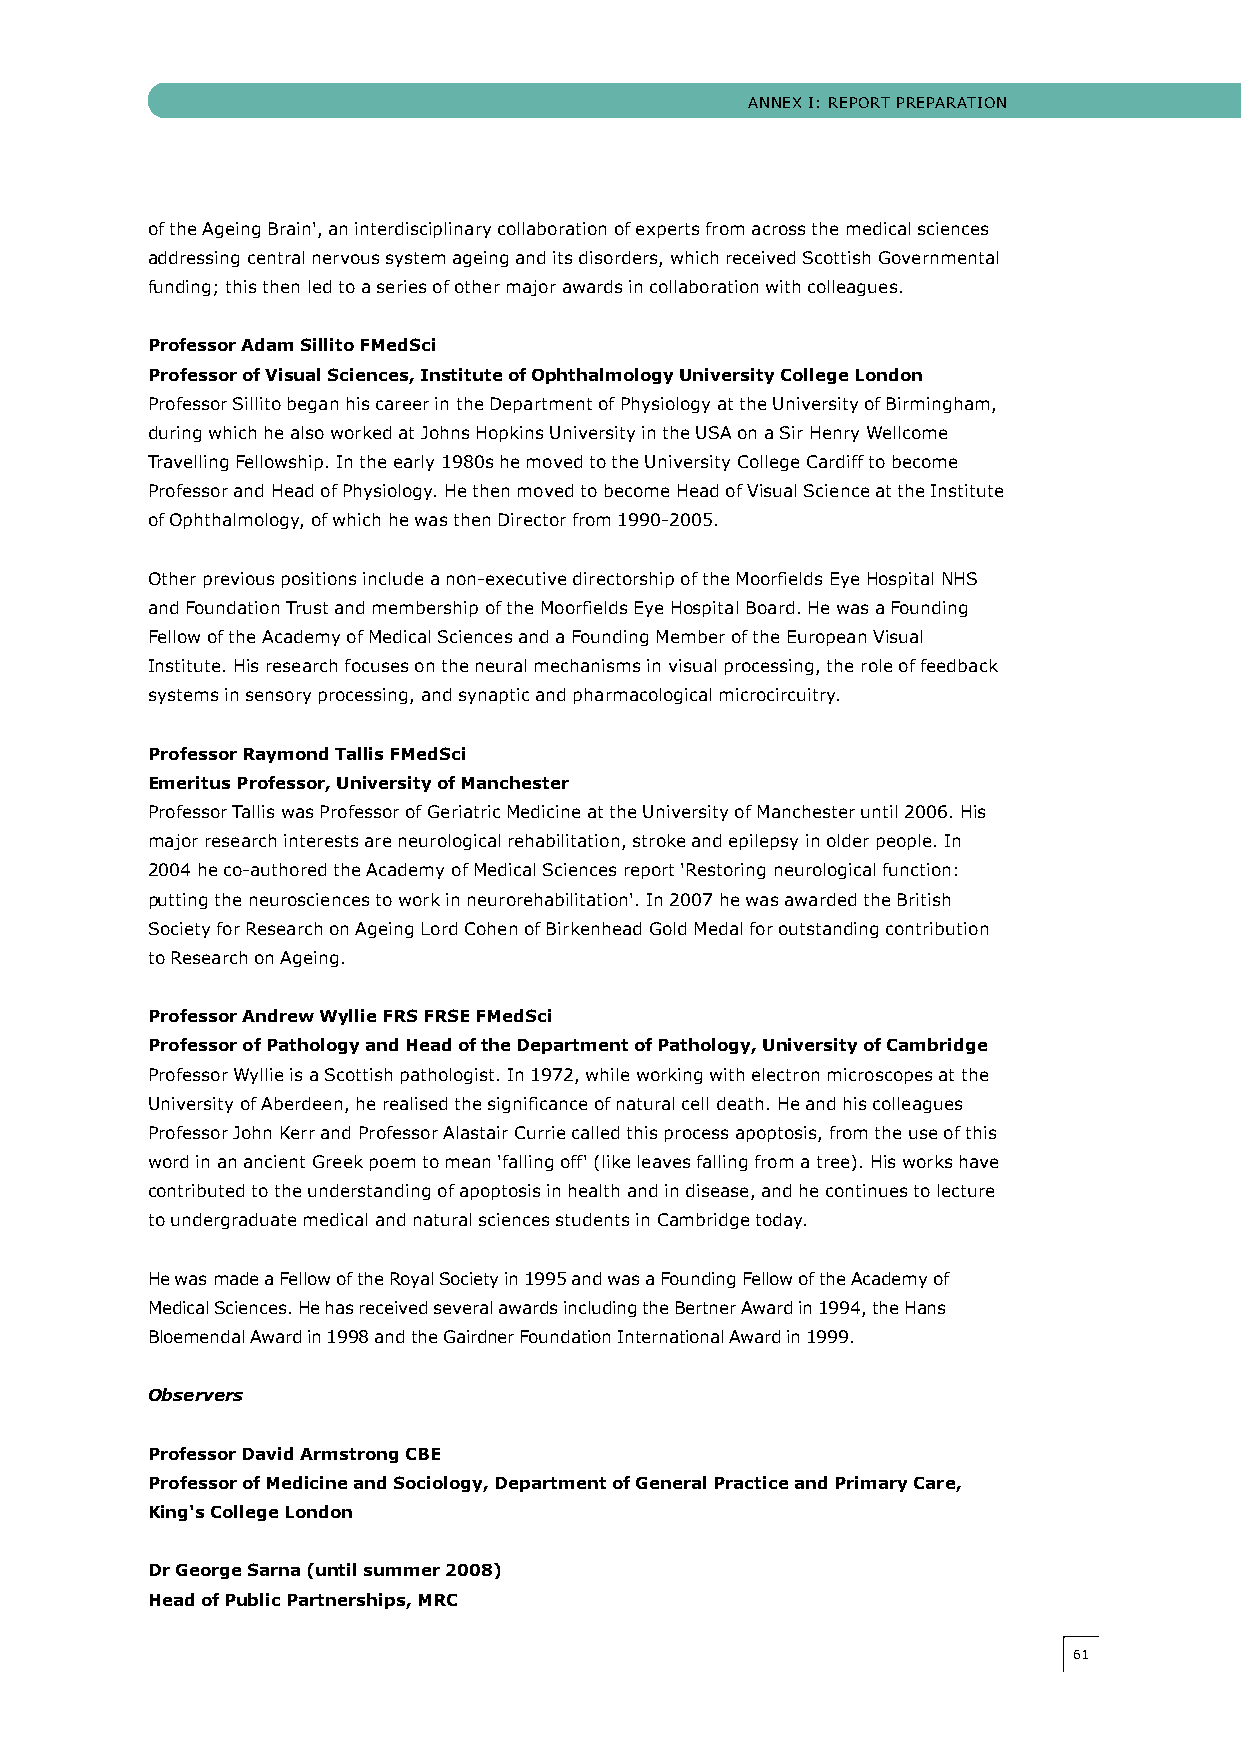
ANNeX I: RePORT PRePARATION
 of the Ageing Brain', an interdisciplinary collaboration of experts from across the medical sciences
 addressing central nervous system ageing and its disorders, which received Scottish governmental
 funding; this then led to a series of other major awards in collaboration with colleagues.
 Professor Adam Sillito FMedSci
 Professor of Visual Sciences, Institute of Ophthalmology University College London
 Professor Sillito began his career in the Department of Physiology at the University of Birmingham,
 during which he also worked at johns hopkins University in the USA on a Sir henry Wellcome
 Travelling Fellowship. In the early 1980s he moved to the University college cardiff to become
 Professor and head of Physiology. he then moved to become head of visual Science at the Institute
 of Ophthalmology, of which he was then Director from 1990-2005.
 Other previous positions include a non-executive directorship of the Moorfields eye hospital NhS
 and Foundation Trust and membership of the Moorfields eye hospital Board. he was a Founding
 Fellow of the Academy of Medical Sciences and a Founding Member of the european visual
 Institute. his research focuses on the neural mechanisms in visual processing, the role of feedback
 systems in sensory processing, and synaptic and pharmacological microcircuitry.
 Professor Raymond Tallis FMedSci
 Emeritus Professor, University of Manchester
 Professor Tallis was Professor of geriatric Medicine at the University of Manchester until 2006. his
 major research interests are neurological rehabilitation, stroke and epilepsy in older people. In
 2004 he co-authored the Academy of Medical Sciences report 'Restoring neurological function:
 putting the neurosciences to work in neurorehabilitation'. In 2007 he was awarded the British
 Society for Research on Ageing Lord cohen of Birkenhead gold Medal for outstanding contribution
 to Research on Ageing.
 Professor Andrew Wyllie FRS FRSE FMedSci
 Professor of Pathology and Head of the Department of Pathology, University of Cambridge
 Professor Wyllie is a Scottish pathologist. In 1972, while working with electron microscopes at the
 University of Aberdeen, he realised the significance of natural cell death. he and his colleagues
 Professor john Kerr and Professor Alastair currie called this process apoptosis, from the use of this
 word in an ancient greek poem to mean 'falling off' (like leaves falling from a tree). his works have
 contributed to the understanding of apoptosis in health and in disease, and he continues to lecture
 to undergraduate medical and natural sciences students in cambridge today.
 he was made a Fellow of the Royal Society in 1995 and was a Founding Fellow of the Academy of
 Medical Sciences. he has received several awards including the Bertner Award in 1994, the hans
 Bloemendal Award in 1998 and the gairdner Foundation International Award in 1999.
 Observers
 Professor David Armstrong CBE
 Professor of Medicine and Sociology, Department of General Practice and Primary Care,
 King's College London
 Dr George Sarna (until summer 2008)
 Head of Public Partnerships, MRC
 6611